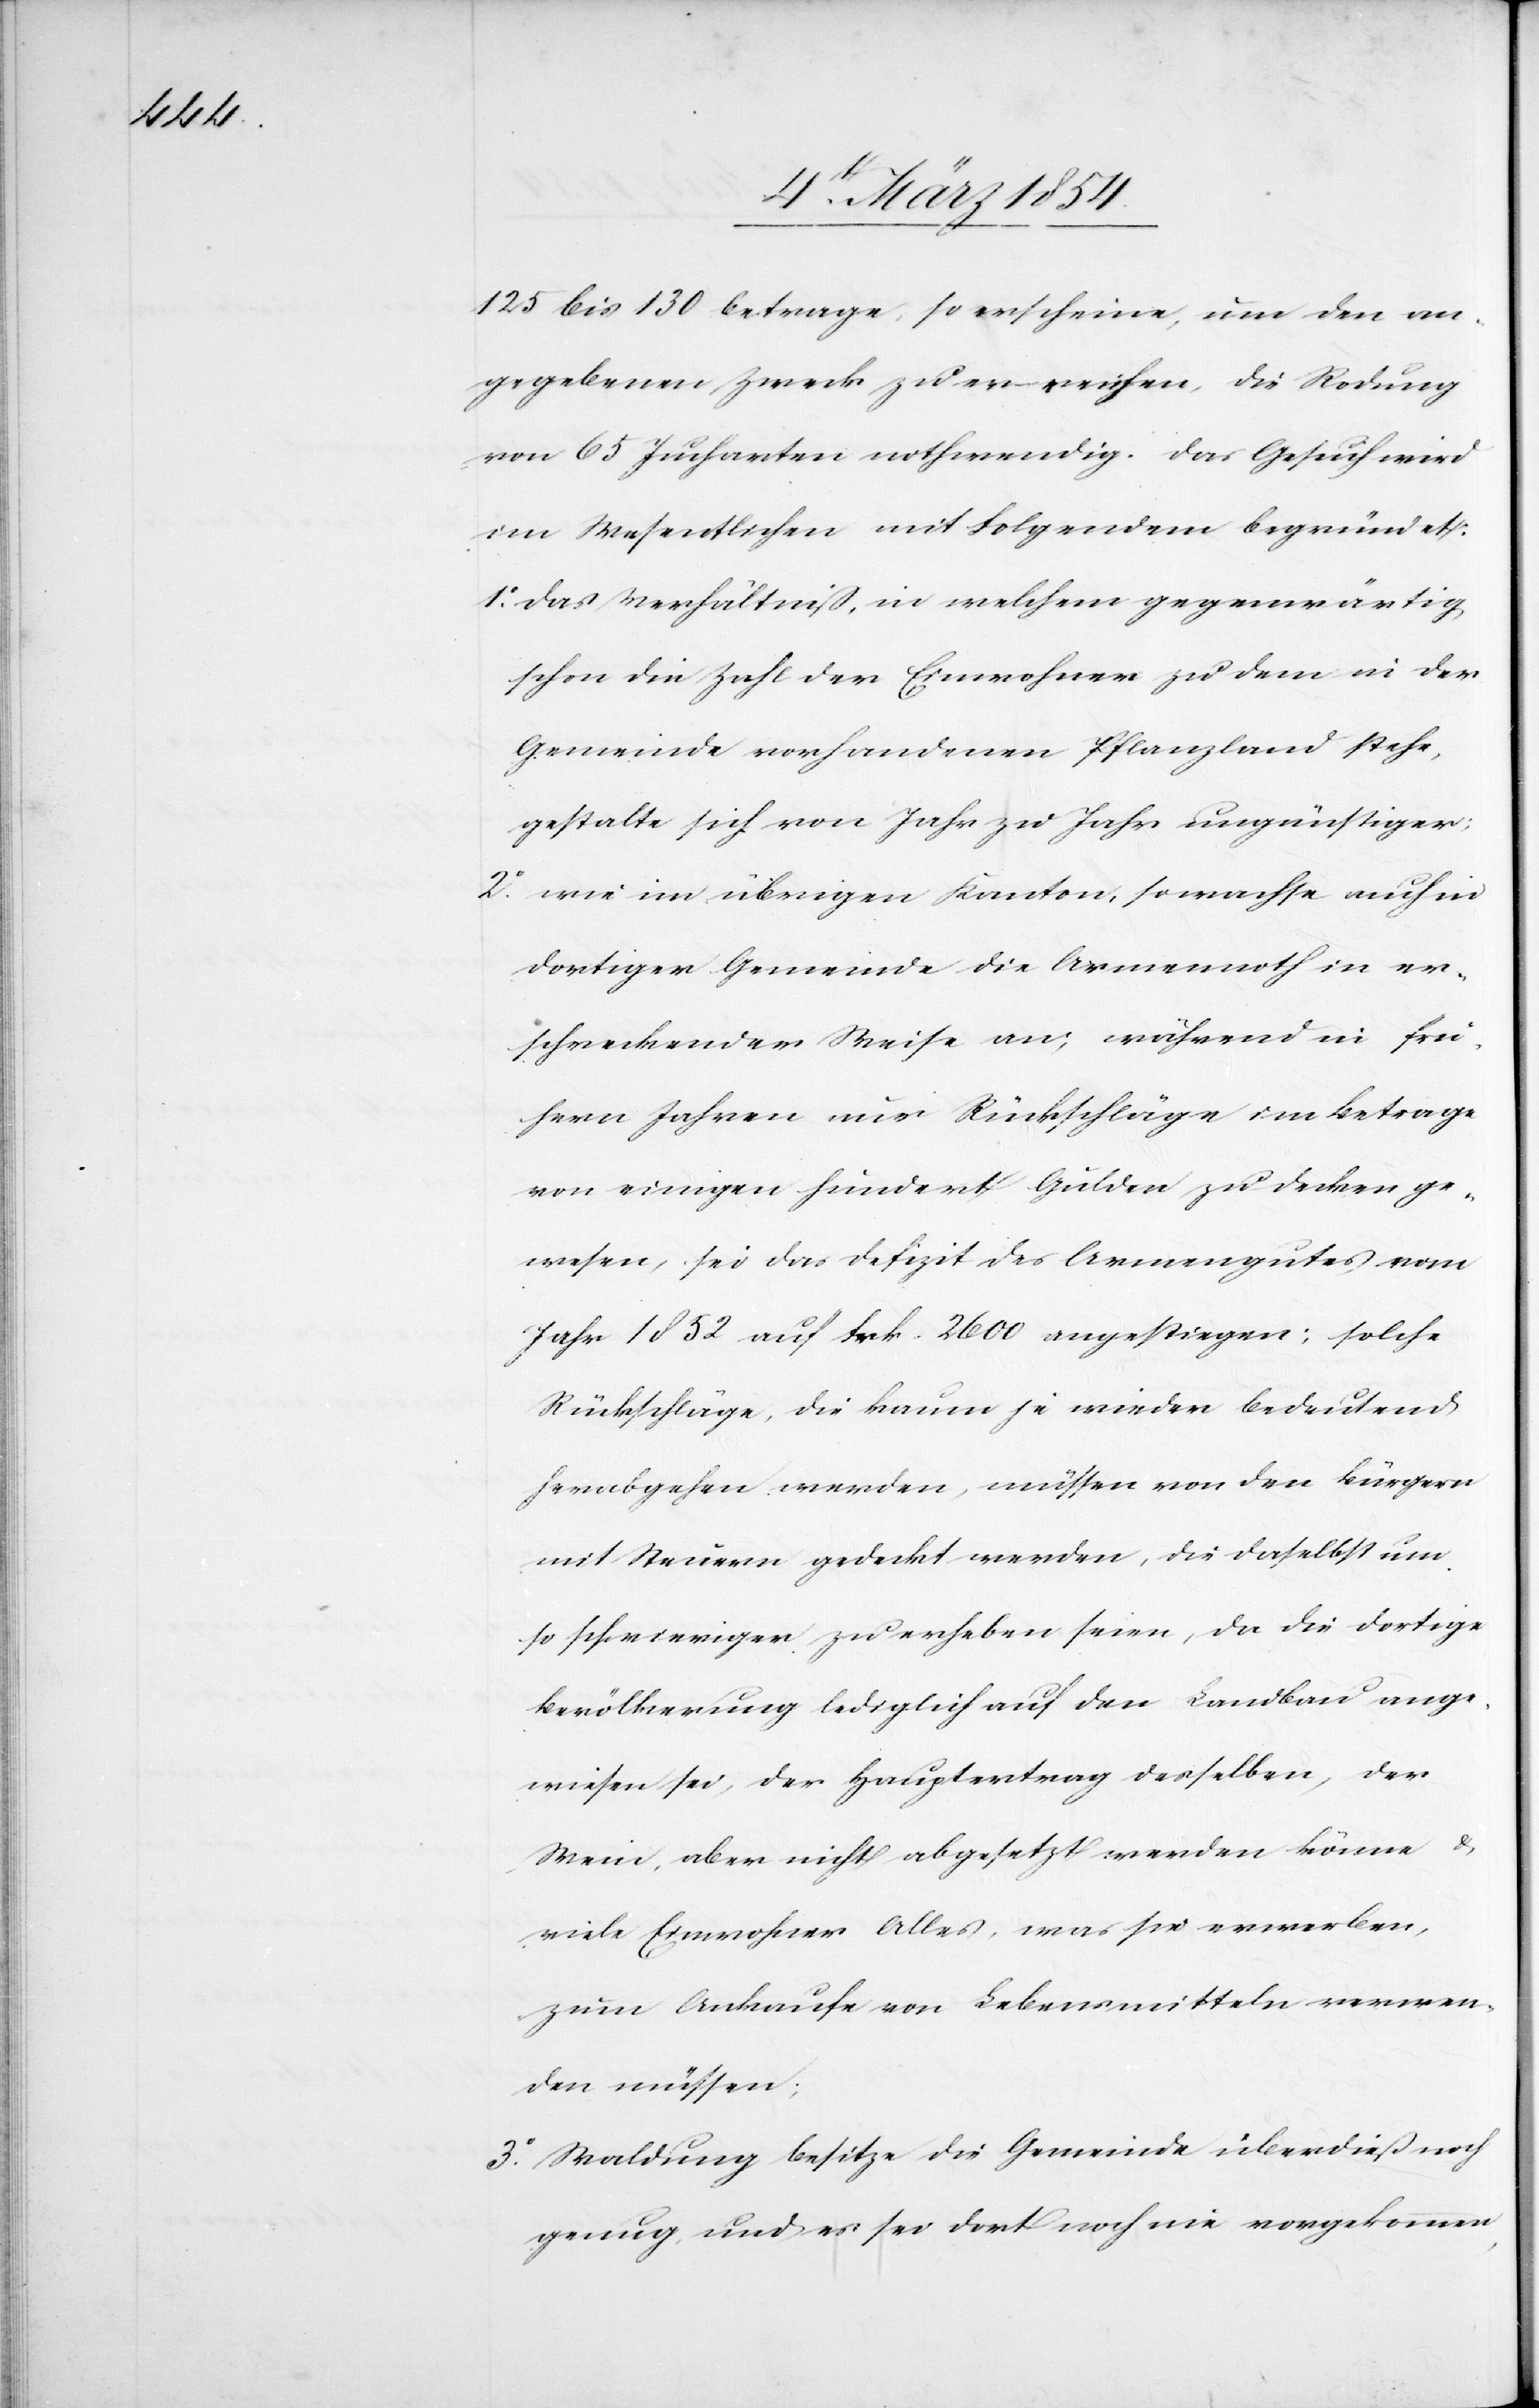
125 bis 130 betrage, so erscheine, um den an¬
gegebenen Zweck zu erreichen, die Rodung
von 65 Jucharten nothwendig. Das Gesuch wird
im Wesentlichen mit Folgendem begründet:
1o das Verhältniß, in welchem gegenwärtig
schon die Zahl der Einwohner zu dem in der
Gemeinde vorhandenen Pflanzland stehe,
gestalte sich von Jahr zu Jahr ungünstiger:
2o wie im übrigen Kanton, so wachse auch in
dortiger Gemeinde die Armennoth in er¬
schreckender Weise an; während in frü¬
hern Jahren nur Rückschläge im Betrage
von einigen hundert Gulden zu decken ge¬
wesen, sei das Defizit des Armengutes vom
Jahr 1852 auf Frk. 2600 angestiegen; solche
Rückschläge, die kaum je wieder bedeutend
herabgehen werden, müssen von den Bürgern
mit Steuern gedeckt werden, die daselbst um
so schwieriger zu erheben seien, da die dortige
Bevölkerung lediglich auf den Landbau ange¬
wiesen sei, der Hauptertrag desselben, der
Wein, aber nicht abgesetzt werden könne &
viele Einwohner Alles, was sie erwerben,
zum Ankaufe von Lebensmitteln verwen¬
den müssen.
3o Waldung besitze die Gemeinde überdieß noch
genug, und es sei dort noch nie vorgekommen,